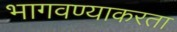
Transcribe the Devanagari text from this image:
भागवण्याकरता